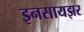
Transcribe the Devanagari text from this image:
इनसायझर